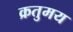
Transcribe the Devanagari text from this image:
क्रतुमय